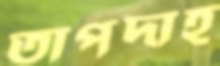
তাপদাহ